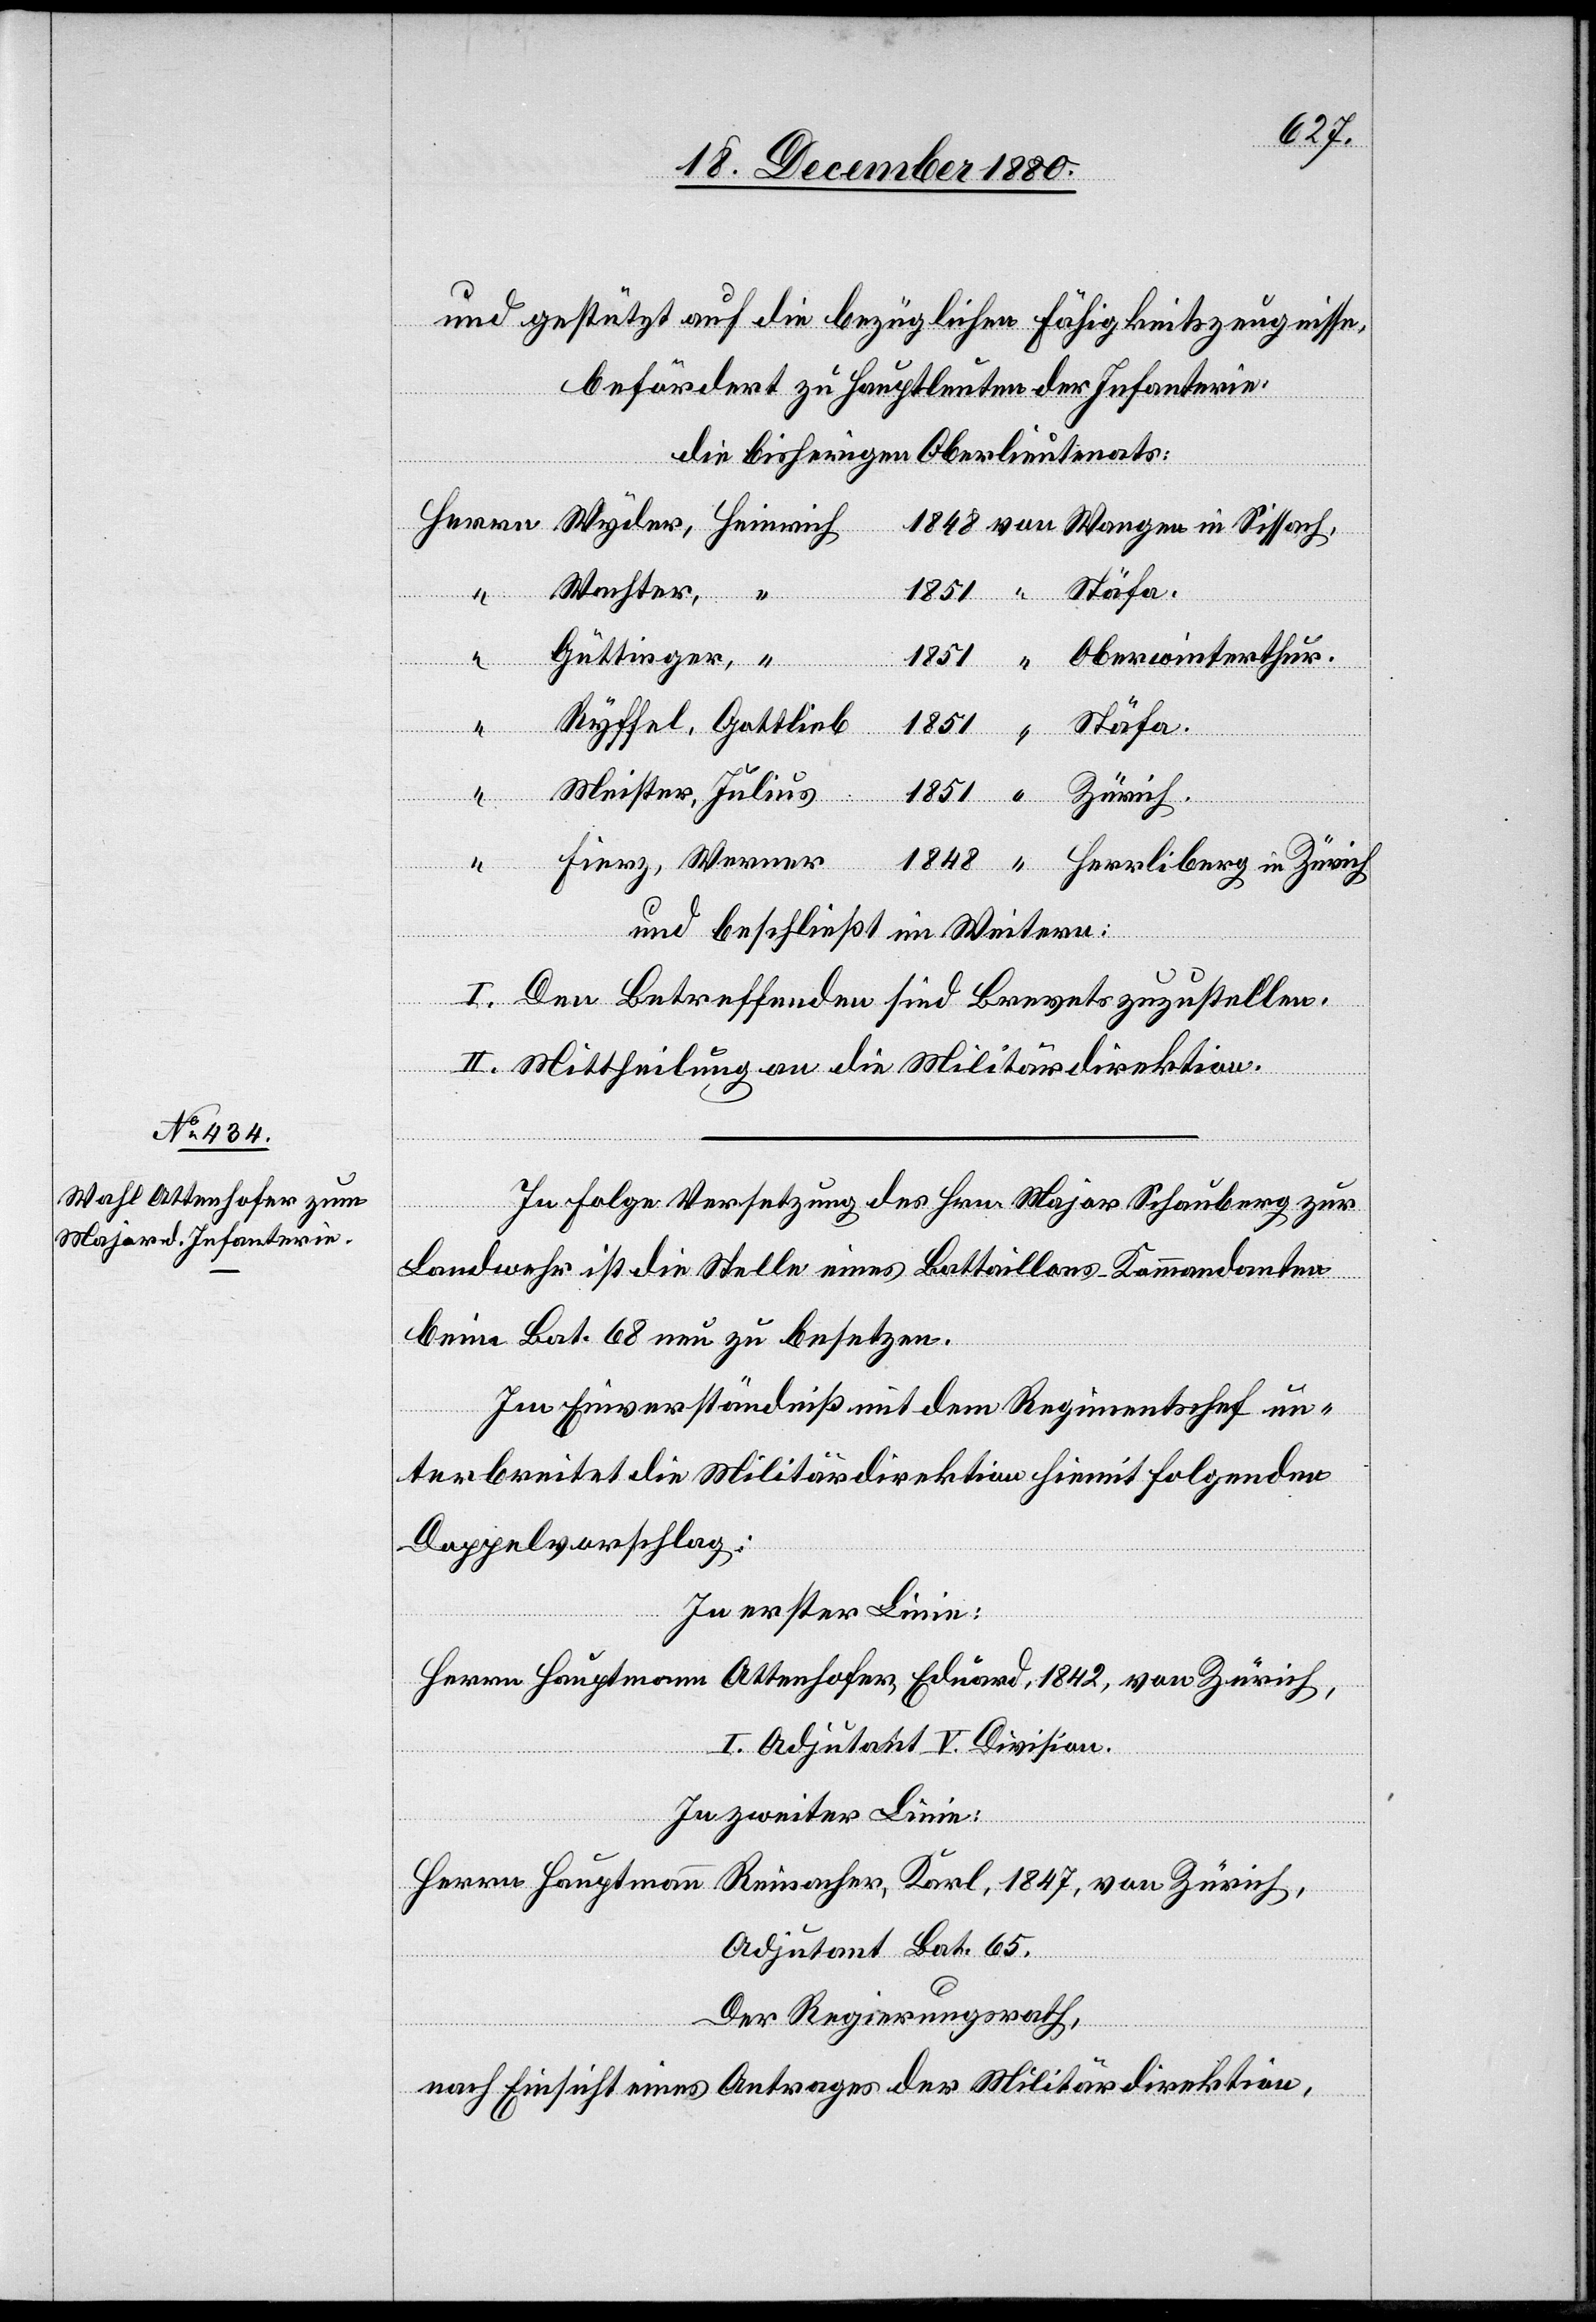
und gestützt auf die bezüglichen Fähigkeitszeugnisse,
befördert zu Hauptleuten der Infanterie
die bisherigen Oberlieutena[n]ts:
Wachter,
Fierz,
“
Zürich.
Güttinger,
iberg in
Julius
1851
und beschließt im Weitern:
I. Den betreffenden sind Brevets zuzustellen.
II. Mittheilung an die Militärdirektion.
In Folge Versetzung des Hrn. Major Schönberg zur
Landwehr ist die Stelle eines Bataillons-Kommandanten
beim Bat. 68 neu zu besetzen.
Im Einverständniß mit dem Regimentschef un¬
terbreitet die Militärdirektion hiemit folgenden
Doppelvorschlag:
In erster Linie:
Herrn Hauptmann Attenhofer, Eduard, 1842, von Zürich,
I. Adjutant V. Division.
In zweiter Linie:
Herrn Hauptmann Reinacher, Karl, 1847, von Zürich,
Adjutant Bat. 65.
Der Regierungsrath,
nach Einsicht eines Antrages der Militärdirektion,